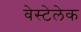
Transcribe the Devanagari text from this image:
वेस्टेलेक